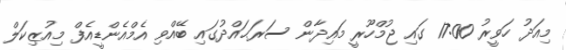
މިއަދު ހަވީރު 17:00 ގައި ޖުމްހޫރީ މައިދާން ސަރަޙައްދުގައި ބޭއްވި އެމްއެންޑީއެފް މިއުޒިކަލް